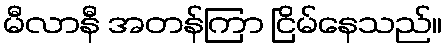
မီလာနီ အတန်ကြာ ငြိမ်နေသည်။